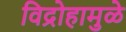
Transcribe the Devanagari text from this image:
विद्रोहामुळे